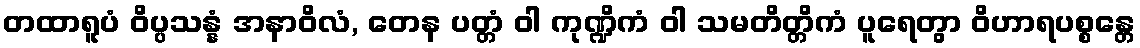
တထာရူပံ ဝိပ္ပသန္နံ အနာဝိလံ, တေန ပတ္တံ ဝါ ကုဏ္ဍိကံ ဝါ သမတိတ္တိကံ ပူရေတွာ ဝိဟာရပစ္စန္တေ